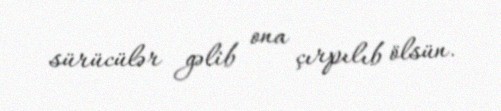
sürücülər gəlib ona çırpılıb ölsün.